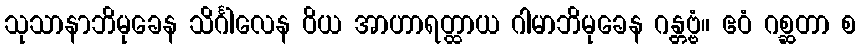
သုသာနာဘိမုခေန သိင်္ဂါလေန ဝိယ အာဟာရတ္ထာယ ဂါမာဘိမုခေန ဂန္တဗ္ဗံ။ ဧဝံ ဂစ္ဆတာ စ